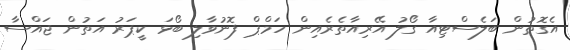
އެގޮތުން ބަލެސްޓިއާ ގޯލު އޭރިއާތެރެއިން ހަމްޕް ފޮނުވާލި ބޯޅަ ކީޕަރު އަތުން ޖައްސާ